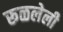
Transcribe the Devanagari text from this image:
रूळलेली